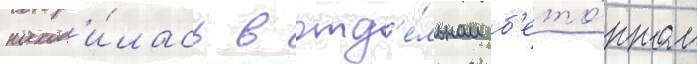
наход'и́лась в отд'е́льном б'ето́нном